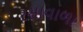
રસાવાળા